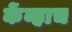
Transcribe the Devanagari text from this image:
केंव्हाच